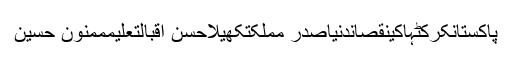
پاکستانکرکٹہاکینقصاندنیاصدر مملکتکھیلاحسن اقبالتعلیمممنون حسین